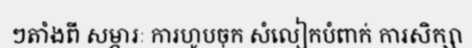
ៗតាំងពី សម្ភារៈ ការហូបចុក សំលៀកបំពាក់ ការសិក្សា